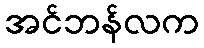
အင်ဘန်လက